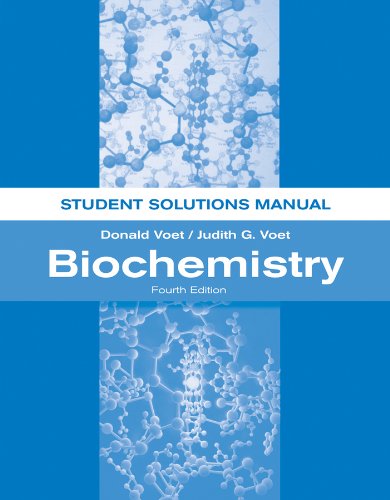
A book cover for Biochemistry, Student Solutions Manual; Donald Voet; Engineering & Transportation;